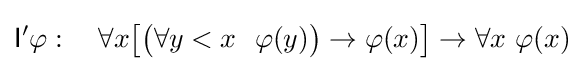
{\mathsf {I}}'\varphi :\quad \forall x{\big [}{\big (}\forall y<x\ \ \varphi (y){\big )}\to \varphi (x){\big ]}\to \forall x\ \varphi (x)